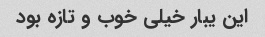
این یبار خیلی خوب و تازه بود